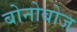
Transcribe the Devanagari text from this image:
बोनोबोज